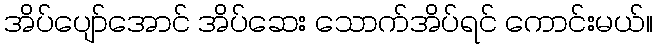
အိပ်ပျော်အောင် အိပ်ဆေး သောက်အိပ်ရင် ကောင်းမယ်။